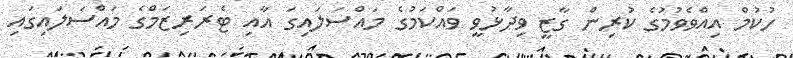
ހުކުމް އިއްވެވުމުގެ ކުރިން ގާޒީ ވިދާޅުވީ ވައްކަމުގެ މައްސަލައިގަ އާއި ޓެރަރިޒަމްގެ މައްސަލައިގައި